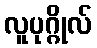
လူပုဂ္ဂိုလ်